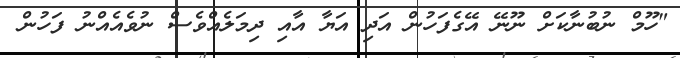
"ހޫމް ނުބުނާކަށް ނޫނޭ އޭގެފަހުން އަދި އަޔާ އާއި ދިމަލެއްވެސް ނުވެއެއްނު ފަހުން